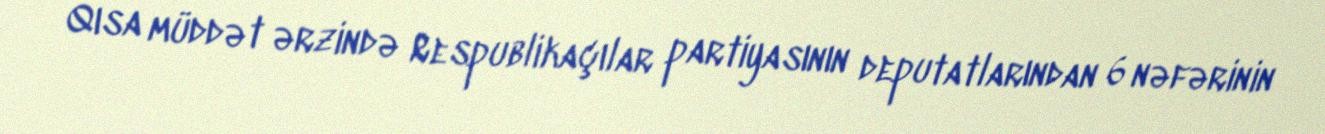
Qısa müddət ərzində Respublikaçılar partiyasının deputatlarından 6 nəfərinin